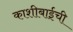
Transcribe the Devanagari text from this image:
काशीबाईची